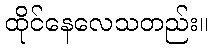
ထိုင်နေလေသတည်း။